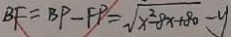
B F = B P - F P = \sqrt { x ^ { 2 } - 8 x + 8 0 } - y